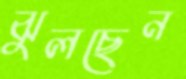
ঝুলছেন